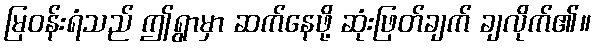
မြဝန်းရံသည် ဤရွာမှာ ဆက်နေဖို့ ဆုံးဖြတ်ချက် ချလိုက်၏။